system: You are a helpful assistant.
user:
Analyze the provided spectrum to determine if it is a **S-type Star**.

- **Key Indicators for S-type Star:**

    - **(Overall Spectrum Shape):** The first and most obvious characteristic is the overall continuum (the "baseline" shape). It is **extremely "red-sloping,"** meaning the flux (light intensity) is very low on the left side (blue, ~4000-4500 Å) and rises steeply and continuously toward the right side (red, ~7000 Å+).

    - **(Primary):** The spectrum is defined by the presence of strong, broad molecular absorption "valleys" (bands) from **Zirconium Oxide (ZrO)**. The identification of these bands is the **primary requirement** for classifying a star as S-type.
        - **(Key Bandheads):** You must find distinct, deep "dips" where the light has been absorbed. The most critical band systems to locate are:
            - **~6474 Å** ($\gamma$-system): This is often the strongest and clearest ZrO feature, found in the red part of the spectrum.
            - **~5718 Å** & **~5551 Å** ($\beta$-system): A pair of prominent absorption features in the yellow-orange part of the spectrum.
            - **~4640 Å** ($\alpha$-system): A key absorption band system in the blue-green region of the spectrum.

    - **(Secondary Confirmation):** The classification is strengthened by finding additional absorption bands from other related heavy element oxides, which are expected to be present alongside ZrO.
        - **(Key Bandheads):**
            - **Yttrium Oxide (YO):** Look for absorption dips near **~4800 Å** and **~6100 Å**.
            - **Lanthanum Oxide (LaO):** Additional absorption features, particularly in the red-orange part of the spectrum, are also characteristic.

    - **(Line Profile):** The combination of the steep red continuum and these numerous, deep molecular bands (ZrO, YO, etc.) gives the entire spectrum a very **"chopped-up"** or **"bumpy"** appearance. Instead of a smooth curve, the spectrum looks as though large, wide chunks of light have been "carved out" of it at the specific wavelengths listed above.

Think first, call **spectral_visualization_tool** if needed to examine features in detail, then provide your final answer. Your response must adhere to the following strict rules:
1.  **Overall Structure:** Your response must follow the format `<think>...</think> <tool_call>...</tool_call> (if a tool is used) <answer>...</answer>`.
2.  **Tool Usage Constraint:** You may only make **one** tool call per turn.
3.  **Final Answer Format:** In the `<answer>` tag, your conclusion must be inside a `\boxed{}` command (e.g., `\boxed{YES}` or `\boxed{NO}`), followed by your justification.

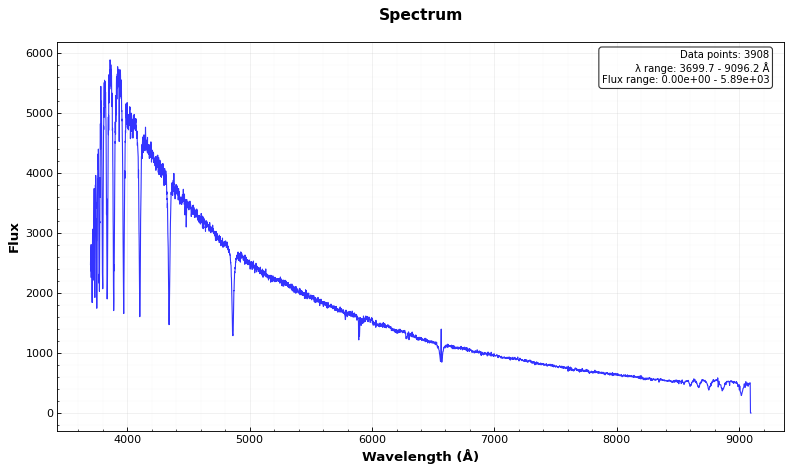
Answer: YES